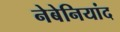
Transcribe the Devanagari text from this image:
नेबेनियांद